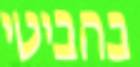
בהביטי